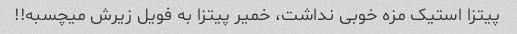
پیتزا استیک مزه خوبی نداشت، خمیر پیتزا به فویل زیرش میچسبه!!